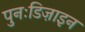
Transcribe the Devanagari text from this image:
पुनःडिज़ाइन